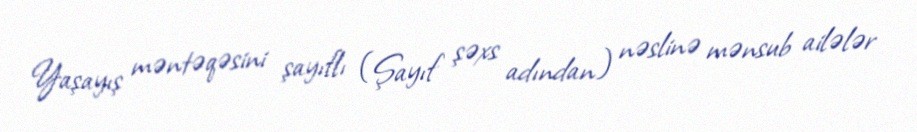
Yaşayış məntəqəsini şayıflı (Şayıf şəxs adından) nəslinə mənsub ailələr